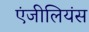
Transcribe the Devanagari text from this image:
एंजीलियंस